Report of the King Institute of Preventive Medicine, Guindy
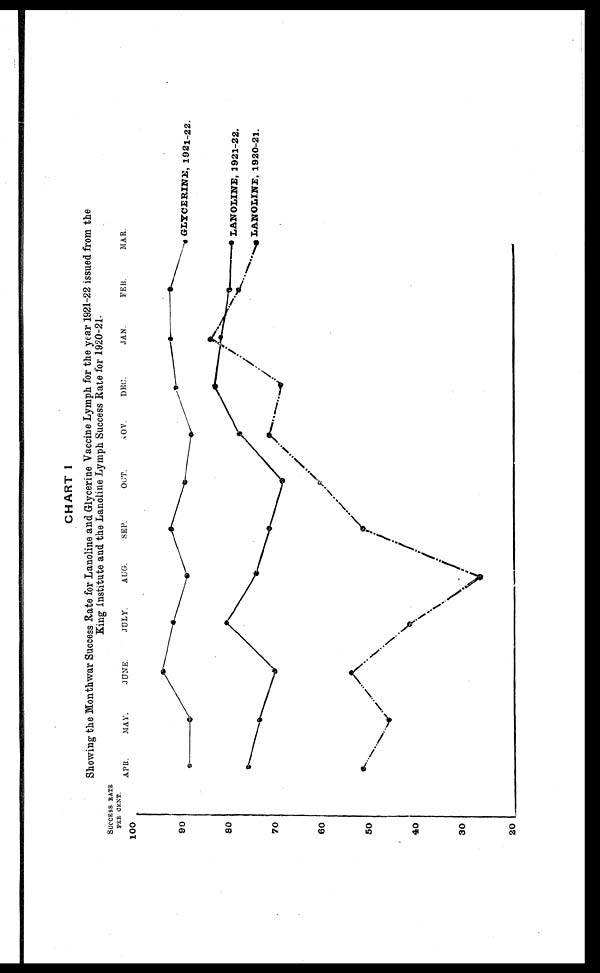
CHART I
Showing the Monthwar Success Rate for Lanoline and. Glycerine Vaccine Lymph for the year 1921-22 issued from the
King Institute and the Lanoline Lymph Success Rate for 1920-21.
SUCCESS RATE
PER CENT.
APR
MAY
JUNE JULY.
AUG.
SEP.
OCT. NOV. DEC. JAN. FEB. MAR.